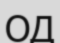
ОД